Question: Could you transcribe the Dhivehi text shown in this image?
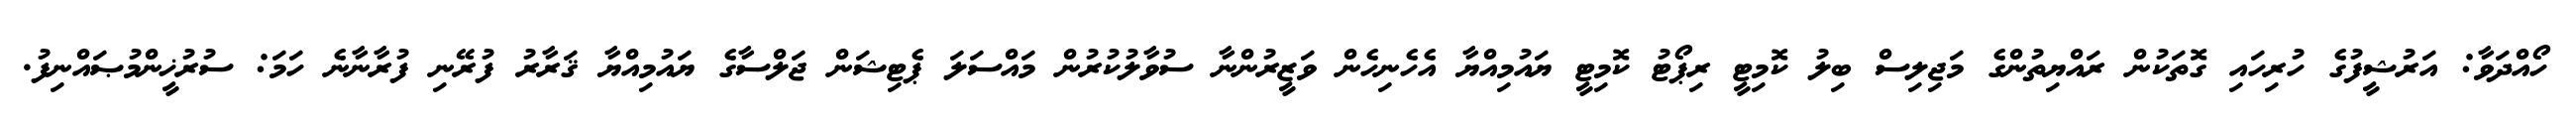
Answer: ހޯއްދަވާ: އަރުޝީފުގެ ހުރިހައި ގޮތަކުން ރައްޔިތުންގެ މަޖިލިސް ބިލު ކޮމިޓީ ރިޕޯޓު ކޮމިޓީ ޔައުމިއްޔާ އެހެނިހެން ވަޒީރުންނާ ސުވާލުކުރުން މައްސަލަ ޕެޓިޝަން ޖަލްސާގެ ޔައުމިއްޔާ ޤަރާރު ފުރޭނި ފުރާނާނެ ހަމަ: ސުރުޚީންމުޞައްނިފު.